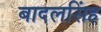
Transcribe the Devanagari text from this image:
बादलसिंह